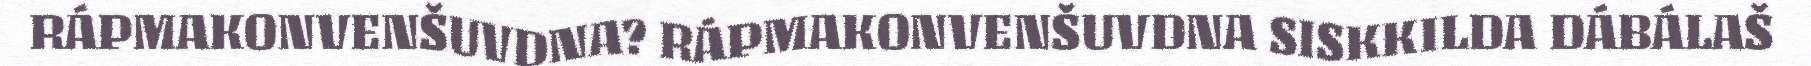
RÁPMAKONVENŠUVDNA? RÁPMAKONVENŠUVDNA SISKKILDA DÁBÁLAŠ